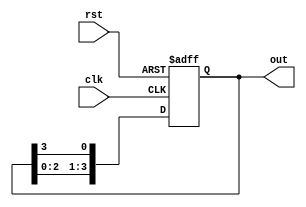
module ring_counter(
    input wire clk,
    input wire rst,
    output reg [3:0] out
);

reg [3:0] temp;

always @(posedge clk or posedge rst) begin
    if (rst) begin
        temp <= 4'b0001;
    end else begin
        temp <= {temp[2:0], temp[3]};
    end
end

assign out = temp;

endmodule